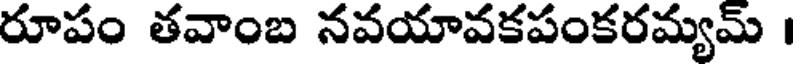
రూపం తవాంబ నవయావకపంకరమ్యమ్ ।